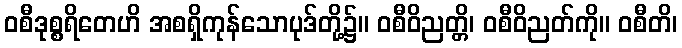
ဝစီဒုစ္စရိတေဟိ အစရှိကုန်သောပုဒ်တို့၌။ ဝစီဝိညတ္တိ၊ ဝစီဝိညတ်ကို။ ဝစီတိ၊